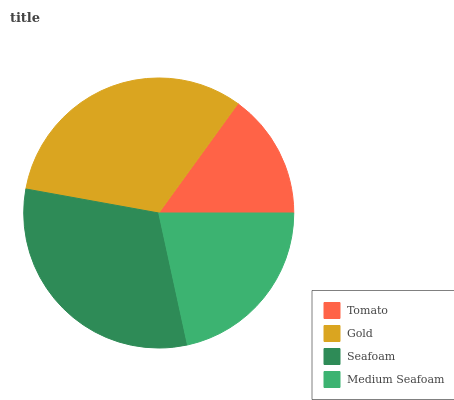
| Tomato | Gold | Seafoam | Medium Seafoam |
 | --- | --- | --- | --- |
 | 15% | 32.1% | 31.2% | 21.6% |